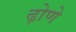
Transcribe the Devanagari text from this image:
ढ़ोणे